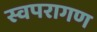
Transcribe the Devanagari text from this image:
स्वपरागण